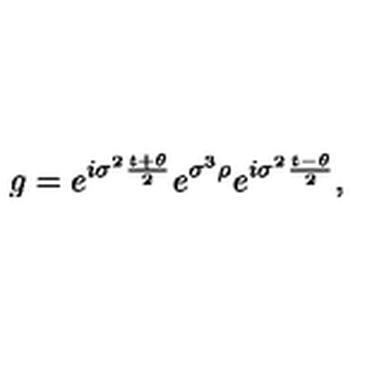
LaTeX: g = e ^ { i \sigma ^ { 2 } \frac { t + \theta } { 2 } } e ^ { \sigma ^ { 3 } \rho } e ^ { i \sigma ^ { 2 } \frac { t - \theta } { 2 } } ,